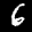
Label: 6